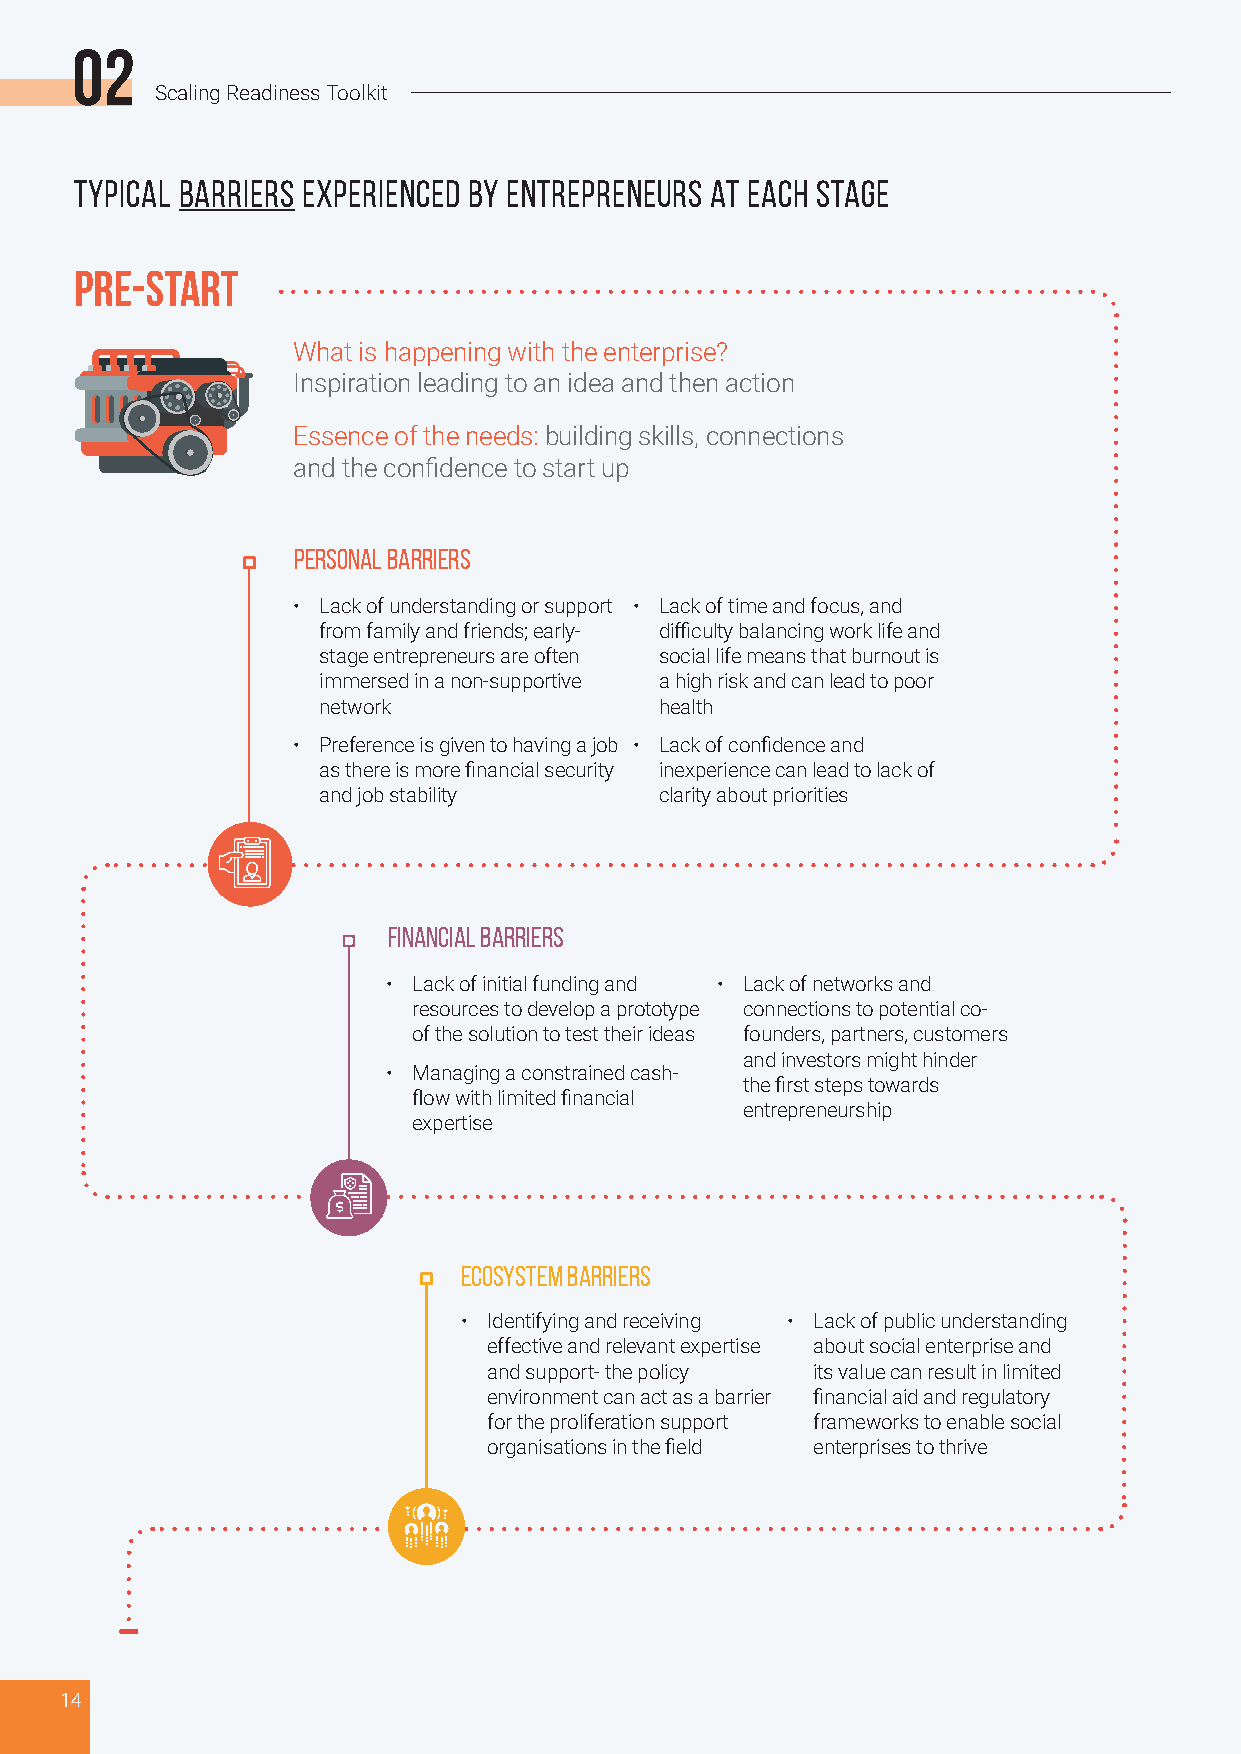
02
 Scaling Readiness Toolkit
 Typical barriers experienced by entrepreneurs at each stage
 Pre-Start
 What is happening with the enterprise?
 Inspiration leading to an idea and then action
 Essence of the needs: building skills, connections
 and the confidence to start up
 PERSONAL BARRIERS
 • Lack of understanding or support • Lack of time and focus, and
 from family and friends; early- difficulty balancing work life and
 stage entrepreneurs are often social life means that burnout is
 immersed in a non-supportive a high risk and can lead to poor
 network                health
 • Preference is given to having a job • Lack of confidence and
 as there is more financial security inexperience can lead to lack of
 and job stability      clarity about priorities
 FINANCIAL BARRIERS
 • Lack of initial funding and • Lack of networks and
 resources to develop a prototype connections to potential co-
 of the solution to test their ideas founders, partners, customers
 and investors might hinder
 • Managing a constrained cash-
 the first steps towards
 flow with limited financial
 entrepreneurship
 expertise
 ECOSYSTEM BARRIERS
 • Identifying and receiving • Lack of public understanding
 effective and relevant expertise about social enterprise and
 and support- the policy its value can result in limited
 environment can act as a barrier financial aid and regulatory
 for the proliferation support frameworks to enable social
 organisations in the field enterprises to thrive
 14